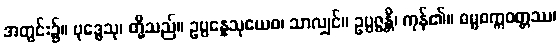
အတွင်း၌။ ဗုဒ္ဓေသု၊ တို့သည်။ ဥပ္ပန္နေသုယေဝ၊ သာလျှင်။ ဥပ္ပဇ္ဇန္တိ၊ ကုန်၏။ ဓမ္မစက္ကဝတ္တဿ၊